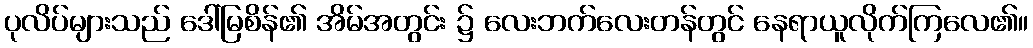
ပုလိပ်များသည် ဒေါ်မြစိန်၏ အိမ်အတွင်း ၌ လေးဘက်လေးတန်တွင် နေရာယူလိုက်ကြလေ၏။